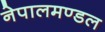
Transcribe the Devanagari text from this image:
नेपालमण्डल